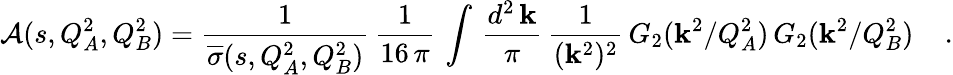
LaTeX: {\cal A}(s,Q_{A}^{2},Q_{B}^{2})={\frac{1}{{\overline{{{\sigma}}}}(s,Q_{A}^{2},Q_{B}^{2})}}\, {\frac{1}{16\, \pi}}\, \int\, {\frac{d^{2}\, {\mathbf k}}{\pi}}\, {\frac{1}{({{\mathbf k}}^{2})^{2}}}\, G_{2}({\mathbf k}^{2}/Q_{A}^{2})\, G_{2}({\mathbf k}^{2}/Q_{B}^{2})\; \; \; \; .